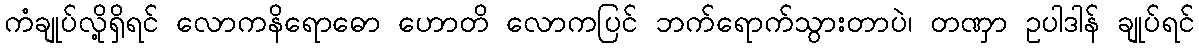
ကံချုပ်လို့ရှိရင် လောကနိရောဓော ဟောတိ လောကပြင် ဘက်ရောက်သွားတာပဲ၊ တဏှာ ဥပါဒါန် ချုပ်ရင်